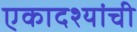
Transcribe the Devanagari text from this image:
एकादश्यांची